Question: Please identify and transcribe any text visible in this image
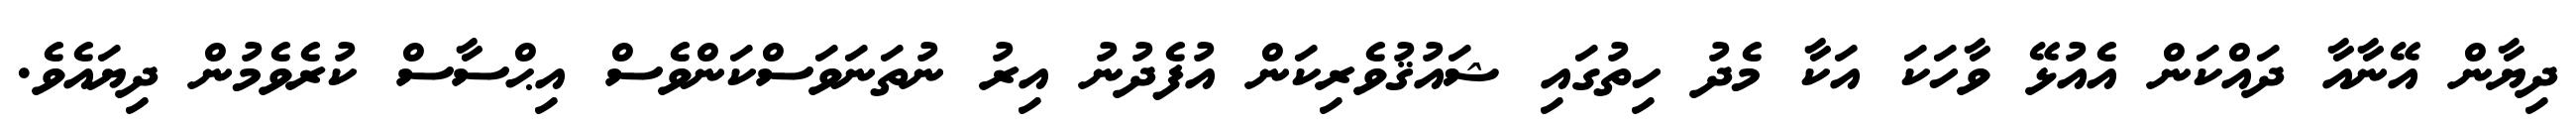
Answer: ދިޔާން އޭނާއާ ދައްކަން އެއުޅޭ ވާހަކަ އަކާ މެދު ހިތުގައި ޝައުޤުވެރިކަން އުފެދުނު އިރު ނުތަނަވަސްކަންވެސް އިޙްސާސް ކުރެވެމުން ދިޔައެވެ.